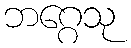
ဘဂ္ဂေသု